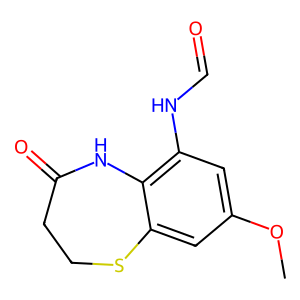
SMILES: COc1cc(NC=O)c2c(c1)SCCC(=O)N2
Inhibits HIV replication: No